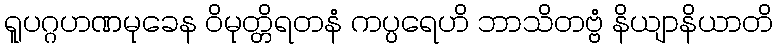
ရူပဂ္ဂဟဏမုခေန ဝိမုတ္တိရတနံ ကပ္ပရေဟိ ဘာသိတဗ္ဗံ နိယျာနိယာတိ